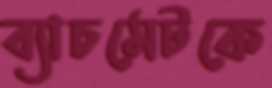
ব্যাচমেটকে